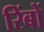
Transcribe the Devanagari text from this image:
रिंबों